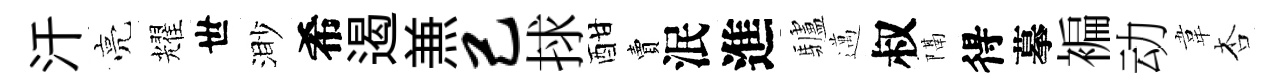
汗亮耀世渺希遏𠔥己捄酣賣泯進驢邁叔隔得摹褊动韋杏